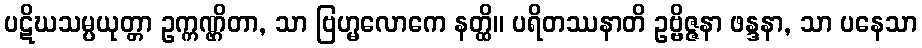
ပဋိဃသမ္ပယုတ္တာ ဥက္ကဏ္ဌိတာ, သာ ဗြဟ္မလောကေ နတ္ထိ။ ပရိတဿနာတိ ဥဗ္ဗိဇ္ဇနာ ဖန္ဒနာ, သာ ပနေသာ